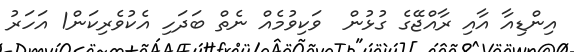
އިންޑިއާ އާއި ރާއްޖޭގެ ގުޅުން  ވަކިވުމެއް ނެތް ބަދަހި އެކުވެރިކަން1 އަހަރު